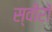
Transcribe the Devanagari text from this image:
स्वीरों